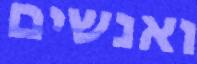
ואנשים